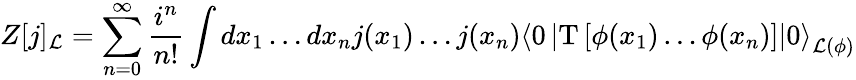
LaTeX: Z[j]_{\cal L}=\sum_{n=0}^{\infty}\frac{i^{n}}{n!}\int dx_{1}\ldots dx_{n}j(x_{1})\ldots j(x_{n})\left\langle 0\left\vert\mathrm{T}\left[\phi(x_{1})\ldots\phi(x_{n})\right]\right\vert 0\right\rangle_{{\cal L}(\phi)}